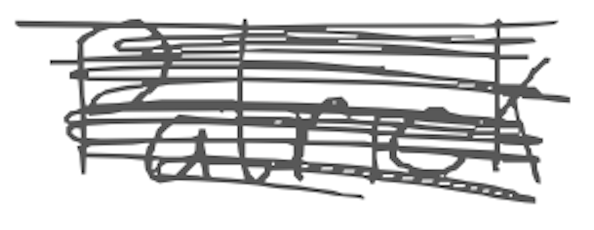
Text: Patrick
Cross-out: mix
Writing tool: digital_gray